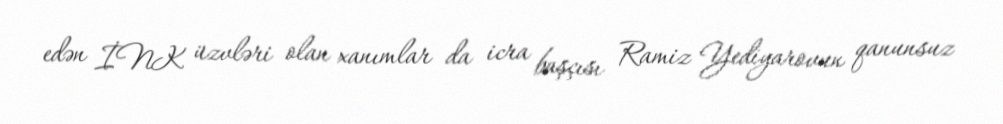
edən İNK üzvləri olan xanımlar da icra başçısı Ramiz Yediyarovun qanunsuz